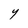
Character: Y